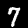
Digit: 7